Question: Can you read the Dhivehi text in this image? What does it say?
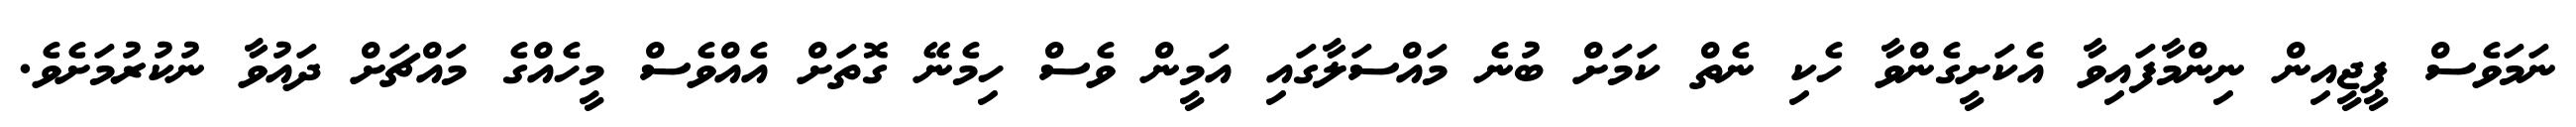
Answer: ނަމަވެސް ޕީޖީއިން ނިންމާފައިވާ އެކަށީގެންވާ ހެކި ނެތް ކަމަށް ބުނެ މައްސަލާގައި އަމީން ވެސް ހިމެނޭ ގޮތަށް އެއްވެސް މީހެއްގެ މައްޗަށް ދައުވާ ނުކުރުމަށެވެ.